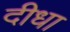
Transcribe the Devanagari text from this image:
दीधा